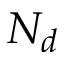
N _ { d }